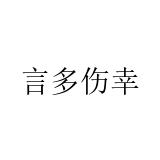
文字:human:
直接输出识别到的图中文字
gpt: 言多伤幸